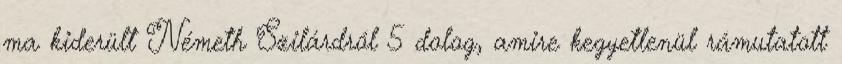
ma kiderült Németh Szilárdról 5 dolog, amire kegyetlenül rámutatott